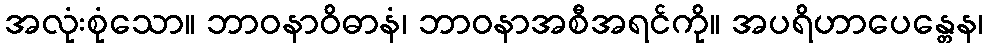
အလုံးစုံသော။ ဘာဝနာဝိဓာနံ၊ ဘာဝနာအစီအရင်ကို။ အပရိဟာပေန္တေန၊